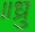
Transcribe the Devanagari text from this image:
॥ध्रु